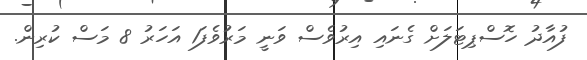
ފުއާދު ހޮސްޕިޓަލަށް ގެނައި އިރުވެސް ވަނީ މަރުވެފަ1 އަހަރު 8 މަސް ކުރިން.